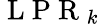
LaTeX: \mathrm{~L~P~R~}_{k}